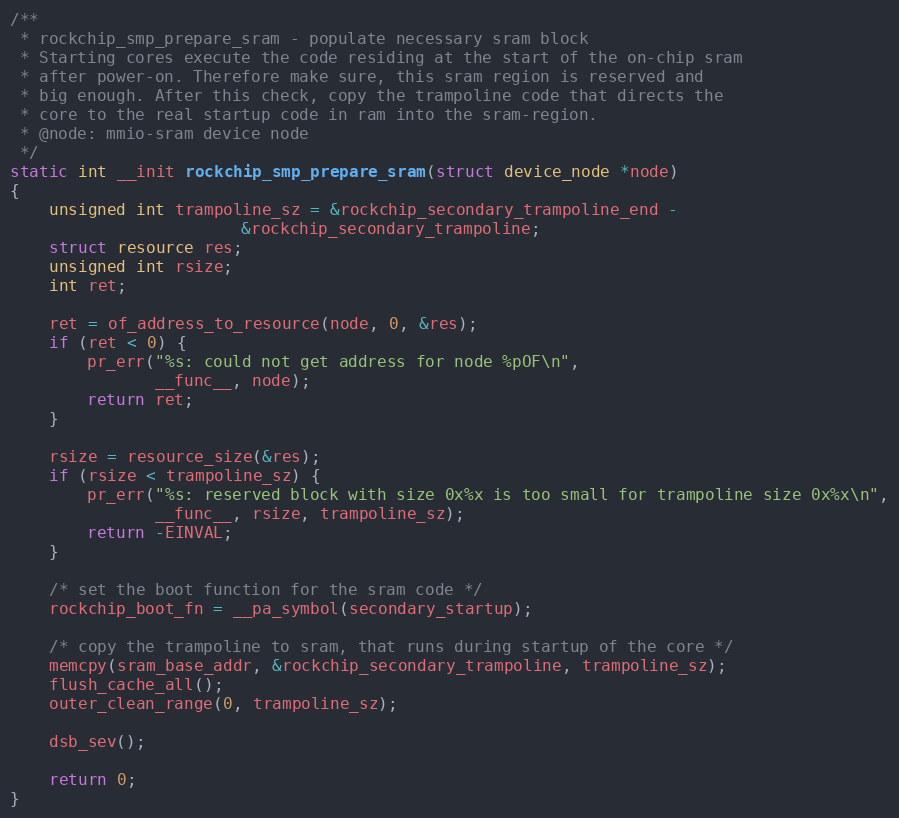
Language: C
/**
 * rockchip_smp_prepare_sram - populate necessary sram block
 * Starting cores execute the code residing at the start of the on-chip sram
 * after power-on. Therefore make sure, this sram region is reserved and
 * big enough. After this check, copy the trampoline code that directs the
 * core to the real startup code in ram into the sram-region.
 * @node: mmio-sram device node
 */
static int __init rockchip_smp_prepare_sram(struct device_node *node)
{
	unsigned int trampoline_sz = &rockchip_secondary_trampoline_end -
					    &rockchip_secondary_trampoline;
	struct resource res;
	unsigned int rsize;
	int ret;

	ret = of_address_to_resource(node, 0, &res);
	if (ret < 0) {
		pr_err("%s: could not get address for node %pOF\n",
		       __func__, node);
		return ret;
	}

	rsize = resource_size(&res);
	if (rsize < trampoline_sz) {
		pr_err("%s: reserved block with size 0x%x is too small for trampoline size 0x%x\n",
		       __func__, rsize, trampoline_sz);
		return -EINVAL;
	}

	/* set the boot function for the sram code */
	rockchip_boot_fn = __pa_symbol(secondary_startup);

	/* copy the trampoline to sram, that runs during startup of the core */
	memcpy(sram_base_addr, &rockchip_secondary_trampoline, trampoline_sz);
	flush_cache_all();
	outer_clean_range(0, trampoline_sz);

	dsb_sev();

	return 0;
}